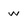
Character: w